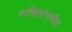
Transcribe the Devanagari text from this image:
राचितांमधील